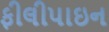
ફીલીપાઇન